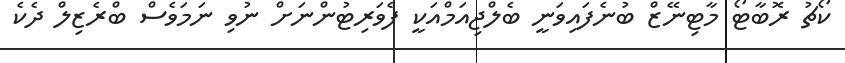
ކޯޗު ރޮބާޓޯ މާޓިނޭޒް ބުނެފައިވަނީ ބެލްޖިއަމްއަކީ ފެވަރިޓުންނަށް ނުވި ނަމަވެސް ބްރެޒިލް ދެކެ